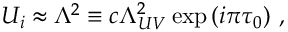
U _ { i } \approx \Lambda ^ { 2 } \equiv c \Lambda _ { U V } ^ { 2 } \exp { ( i \pi \tau _ { 0 } ) } \ ,